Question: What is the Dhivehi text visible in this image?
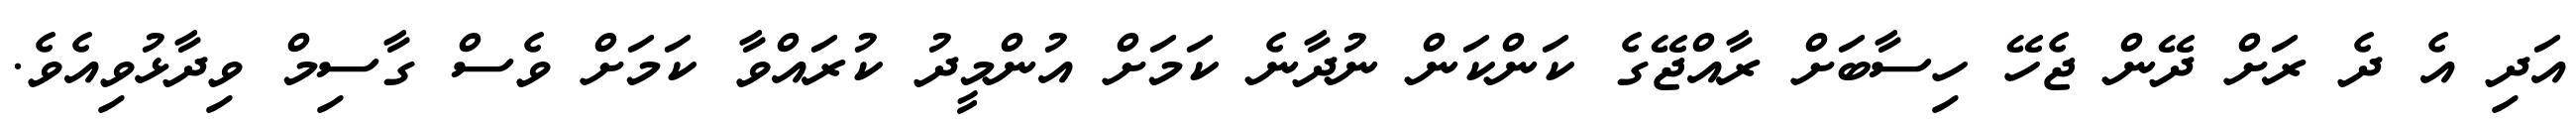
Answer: އަދި އެ ދެ ރަށް ދޭން ޖެހޭ ހިސާބަށް ރާއްޖޭގެ ކަންކަން ނުދާނެ ކަމަށް އުންމީދު ކުރައްވާ ކަމަށް ވެސް ގާސިމް ވިދާޅުވިއެވެ.